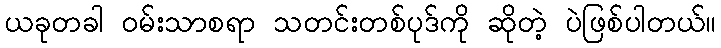
ယခုတခါ ဝမ်းသာစရာ သတင်းတစ်ပုဒ်ကို ဆိုတဲ့ ပဲဖြစ်ပါတယ်။